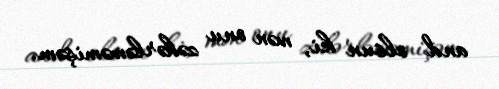
and olsun ki, mən onu zəhərləməmişəm.